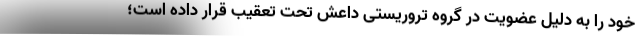
خود را به دلیل عضویت در گروه تروریستی داعش تحت تعقیب قرار داده است؛